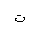
Letter: _ta